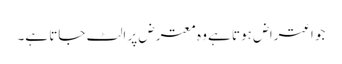
جو اعتراض ہوتا ہے وہ معترض پر الٹ جاتا ہے۔